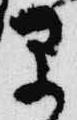
早